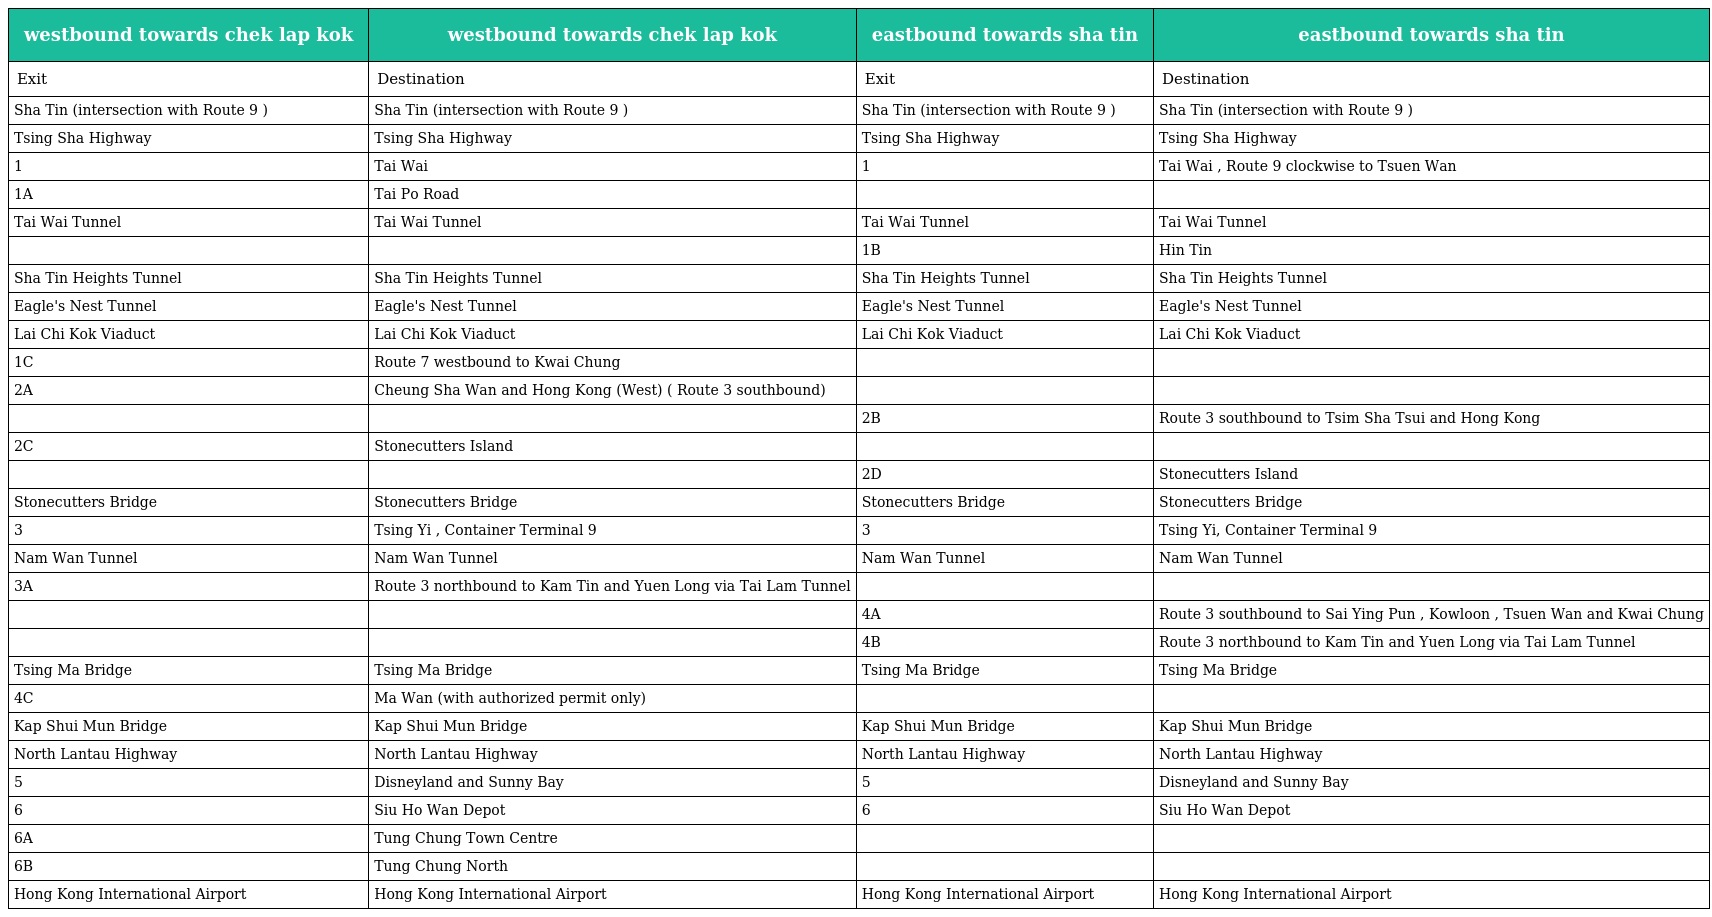
| westbound towards chek lap kok | westbound towards chek lap kok | eastbound towards sha tin | eastbound towards sha tin |
 | --- | --- | --- | --- |
 | Exit | Destination | Exit | Destination |
 | Sha Tin (intersection with Route 9 ) | Sha Tin (intersection with Route 9 ) | Sha Tin (intersection with Route 9 ) | Sha Tin (intersection with Route 9 ) |
 | Tsing Sha Highway | Tsing Sha Highway | Tsing Sha Highway | Tsing Sha Highway |
 | 1 | Tai Wai | 1 | Tai Wai , Route 9 clockwise to Tsuen Wan |
 | 1A | Tai Po Road |  |  |
 | Tai Wai Tunnel | Tai Wai Tunnel | Tai Wai Tunnel | Tai Wai Tunnel |
 |  |  | 1B | Hin Tin |
 | Sha Tin Heights Tunnel | Sha Tin Heights Tunnel | Sha Tin Heights Tunnel | Sha Tin Heights Tunnel |
 | Eagle's Nest Tunnel | Eagle's Nest Tunnel | Eagle's Nest Tunnel | Eagle's Nest Tunnel |
 | Lai Chi Kok Viaduct | Lai Chi Kok Viaduct | Lai Chi Kok Viaduct | Lai Chi Kok Viaduct |
 | 1C | Route 7 westbound to Kwai Chung |  |  |
 | 2A | Cheung Sha Wan and Hong Kong (West) ( Route 3 southbound) |  |  |
 |  |  | 2B | Route 3 southbound to Tsim Sha Tsui and Hong Kong |
 | 2C | Stonecutters Island |  |  |
 |  |  | 2D | Stonecutters Island |
 | Stonecutters Bridge | Stonecutters Bridge | Stonecutters Bridge | Stonecutters Bridge |
 | 3 | Tsing Yi , Container Terminal 9 | 3 | Tsing Yi, Container Terminal 9 |
 | Nam Wan Tunnel | Nam Wan Tunnel | Nam Wan Tunnel | Nam Wan Tunnel |
 | 3A | Route 3 northbound to Kam Tin and Yuen Long via Tai Lam Tunnel |  |  |
 |  |  | 4A | Route 3 southbound to Sai Ying Pun , Kowloon , Tsuen Wan and Kwai Chung |
 |  |  | 4B | Route 3 northbound to Kam Tin and Yuen Long via Tai Lam Tunnel |
 | Tsing Ma Bridge | Tsing Ma Bridge | Tsing Ma Bridge | Tsing Ma Bridge |
 | 4C | Ma Wan (with authorized permit only) |  |  |
 | Kap Shui Mun Bridge | Kap Shui Mun Bridge | Kap Shui Mun Bridge | Kap Shui Mun Bridge |
 | North Lantau Highway | North Lantau Highway | North Lantau Highway | North Lantau Highway |
 | 5 | Disneyland and Sunny Bay | 5 | Disneyland and Sunny Bay |
 | 6 | Siu Ho Wan Depot | 6 | Siu Ho Wan Depot |
 | 6A | Tung Chung Town Centre |  |  |
 | 6B | Tung Chung North |  |  |
 | Hong Kong International Airport | Hong Kong International Airport | Hong Kong International Airport | Hong Kong International Airport |